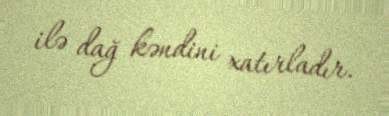
ilə dağ kəndini xatırladır.